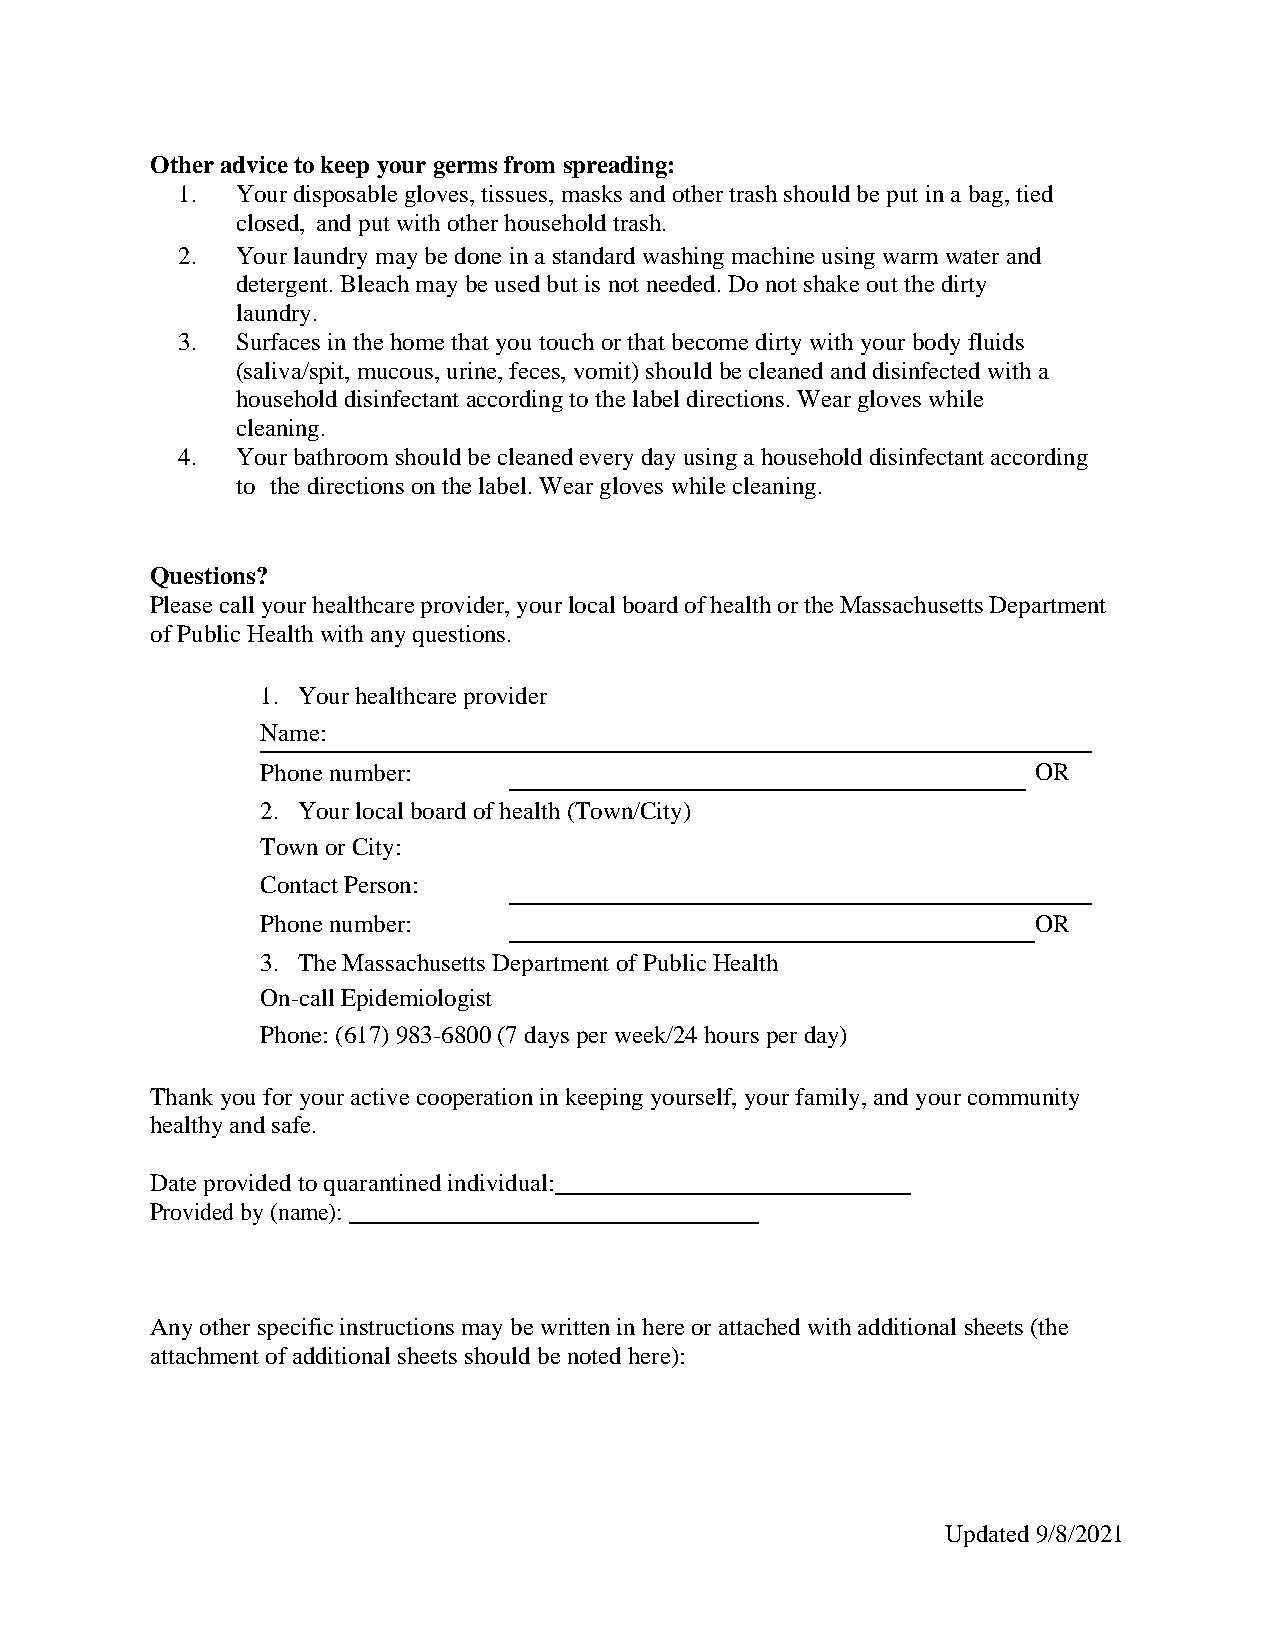
Other advice to keep your germs from spreading:
 1.  Your disposable gloves, tissues, masks and other trash should be put in a bag, tied
 closed, and put with other household trash.
 2.  Your laundry may be done in a standard washing machine using warm water and
 detergent. Bleach may be used but is not needed. Do not shake out the dirty
 laundry.
 3.  Surfaces in the home that you touch or that become dirty with your body fluids
 (saliva/spit, mucous, urine, feces, vomit) should be cleaned and disinfected with a
 household disinfectant according to the label directions. Wear gloves while
 cleaning.
 4.  Your bathroom should be cleaned every day using a household disinfectant according
 to the directions on the label. Wear gloves while cleaning.
 Questions?
 Please call your healthcare provider, your local board of health or the Massachusetts Department
 of Public Health with any questions.
 1. Your healthcare provider
 Name:
 Phone number:                                      OR
 2. Your local board of health (Town/City)
 Town or City:
 Contact Person:
 Phone number:                                      OR
 3. The Massachusetts Department of Public Health
 On-call Epidemiologist
 Phone: (617) 983-6800 (7 days per week/24 hours per day)
 Thank you for your active cooperation in keeping yourself, your family, and your community
 healthy and safe.
 Date provided to quarantined individual:
 Provided by (name):
 Any other specific instructions may be written in here or attached with additional sheets (the
 attachment of additional sheets should be noted here):
 Updated 9/8/2021